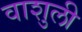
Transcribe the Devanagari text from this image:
वाशुली